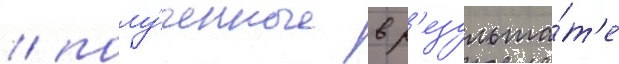
/ полу́ченные в р'езульта́т'е